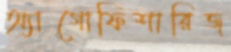
অ্যাগোফিশারিজ